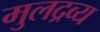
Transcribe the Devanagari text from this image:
मुलद्रव्य